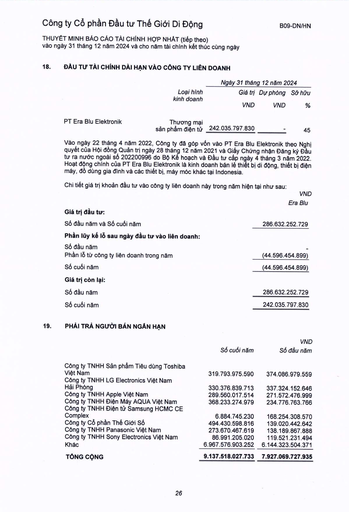
||VND| |---|---| ||Era Blu| |Giá trị đầu tư:|| |Số đầu năm và Số cuối năm|286.632.252.729| |Phân lũy kế I sau ngày đầu tư vào liên doanh:|| |Số đầu năm Phần lỗ tiếp công ty liên doanh trong năm|(44.596.454.899)| |Số cuối năm|(44.596.454.899)| |Giá trị còn lại:|| |Số đầu năm|286.632.252.729| |Số cuối năm|242.035.797.830| ||Số cuối năm|VND Số đầu năm| |---|---|---| |Công ty TNHH Sản phẩm Tiêu dùng Toshiba Việt Nam|319.793.975.590|374.086.979.559| |Công ty TNHH LG Electronics Việt Nam Hải Phòng|330.376.839.713|337.324.152.646| |Công ty TNHH Apple Việt Nam|289.560.017.514|271.572.476.999| |Công ty TNHH Điện Máy AQUA Việt Nam|368.233.274.979|234.776.763.766| |Công ty TNHH Điện tử Samsung HCMC CE Complex|6.884.745.230|168.254.308.570| |Công ty Cổ phần Thế Giới Số|494.430.598.816|139.020.442.642| |Công ty TNHH Panasonic Việt Nam|273.670.467.619|138.189.867.888| |Công ty TNHH Sony Electronics Việt Nam|86.991.205.020|119.521.231.494| |Khác|6.967.576.903.252|6.144.323.504.371| |TỔNG CỘNG|9.137.518.027.733|7.927.069.727.935| ||Số cuối năm|VND Số đầu năm| |---|---|---|